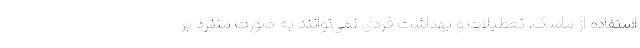
استفاده از ماسک، تعطیلات و بهداشت فردی نمی‌توانند به صورت منفرد بر